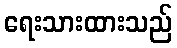
ရေးသားထားသည်